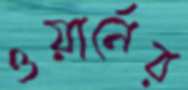
ওয়ার্নের